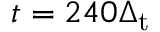
t = 2 4 0 \Delta _ { \mathrm { t } }